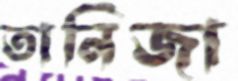
তানিজা